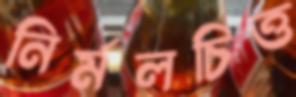
নির্মলচিত্ত